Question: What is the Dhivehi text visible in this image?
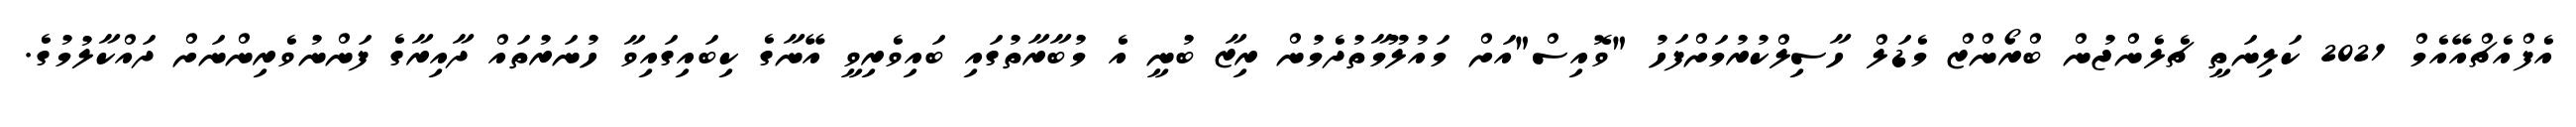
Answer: އެފްއެޗްއޭއެމް 2021 ކަލިނަތީ ޗެލެންޖުން ބްރޯންޒް މެޑަލް ހާސިލްކުރުމަށްފަހު "ވޮއިސް"އަށް މައުލޫމާތުދެމުން ރިޒާ ބުނީ އެ މުބާރާތުގައި ބައިވެރިވީ އޭނާގެ ކިބައިގައިވާ ހުނަރުތައް ދާއިރާގެ ފަންނުވެރިންނަށް ދައްކާލުމުގެ.